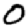
Digit: 0